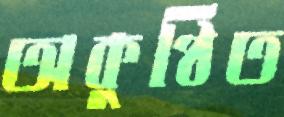
অকুণ্ঠিত